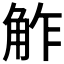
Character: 𧣝